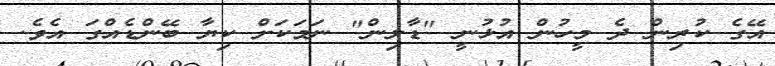
އޭގެ ކުރިން ދެ މީހުން އުޅުނީ "ޑާލިން" ނަމަކަށް ކިޔާ ބޭންޑެއްގަ އެވެ.